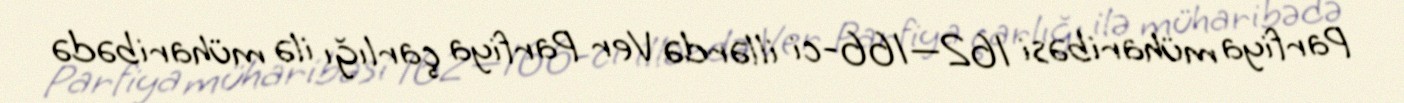
Parfiya müharibəsi 162—166-ci illərdə Ver Parfiya çarlığı ilə müharibədə